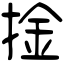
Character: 捦